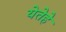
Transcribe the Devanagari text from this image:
येतेहे